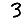
Digit: 3